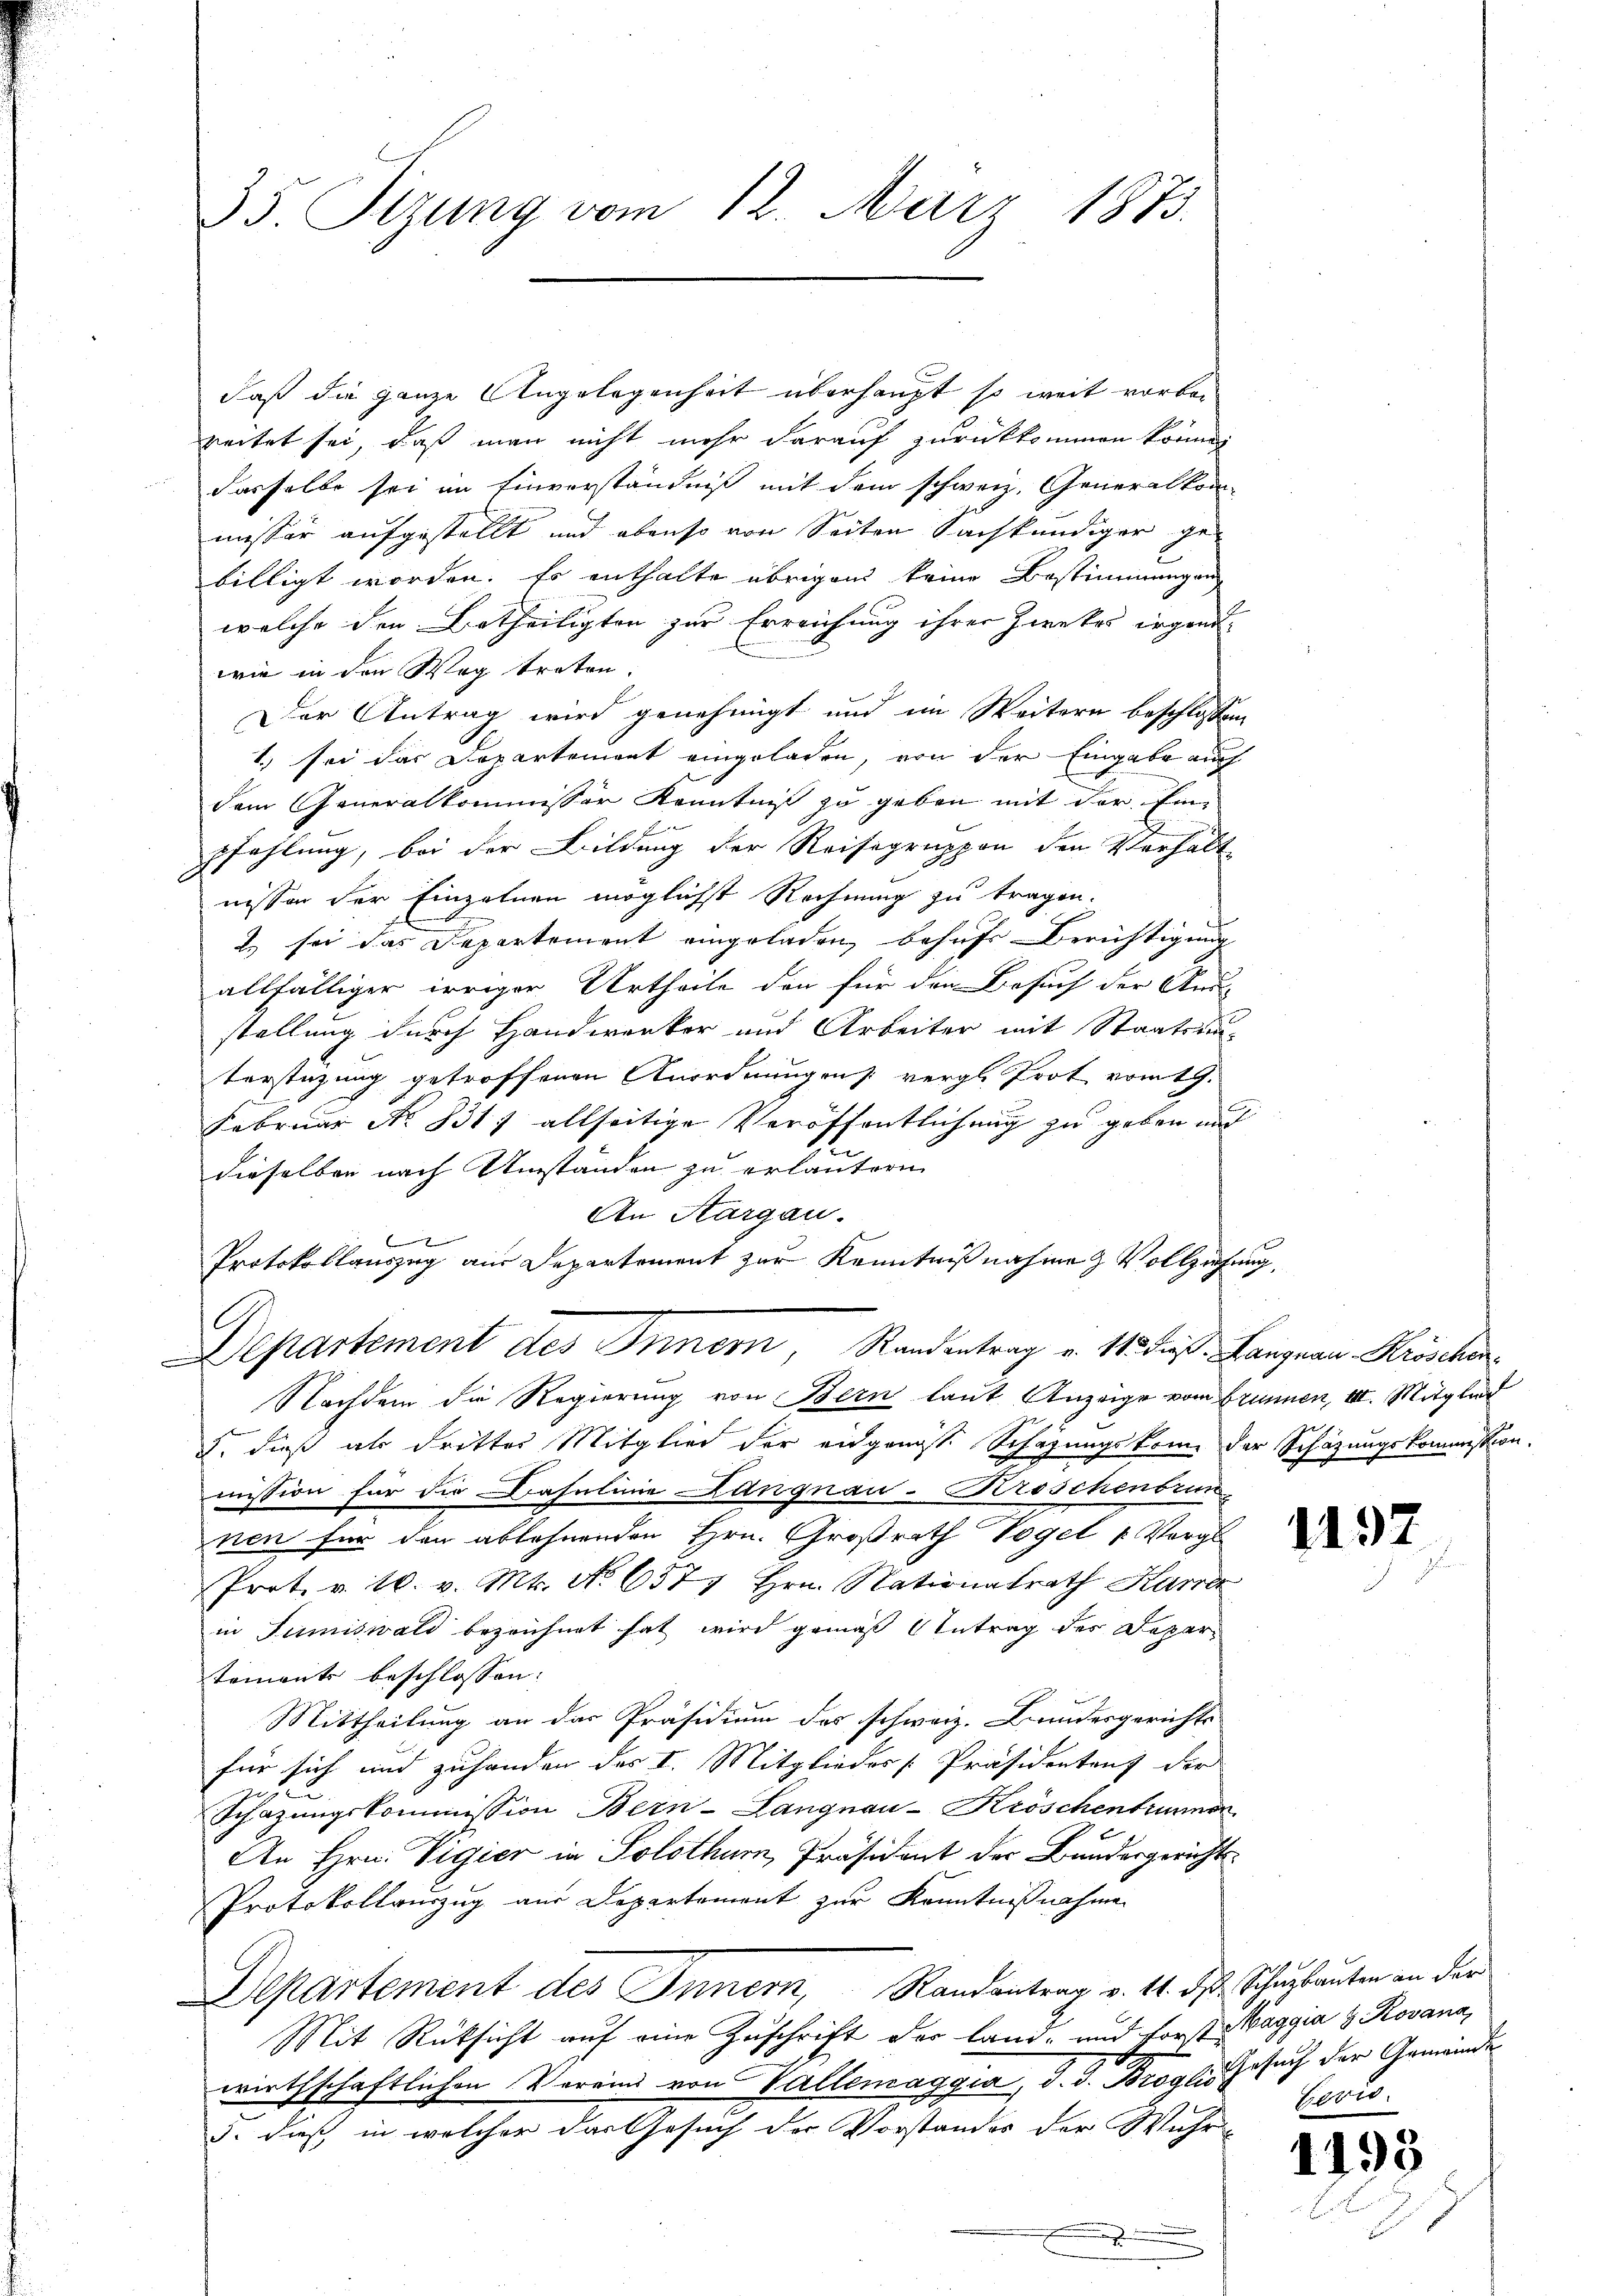
35. Sitzung vom 12. März 1873.

daß die ganze Angelegenheit überhaupt so weit vorbereitet sei, daß man nicht mehr darauf zurückkommen können
dasselbe sei im Einverständniß mit dem schweiz. Generalkom-
missär aufgestellt und ebenso von Seiten Sachkundiger ge-
billigt worden. Es enthalte übrigen keine Bestimmungen
welche den Urtheiligten zur Erreichung ihrer Zwecker irgendwie in den Weg treten.
Der Antrag wird genehmigt und im Weitern beschlossen
1) sei das Departement eingeladen, von der Eingabe auch
dem Generalkommissor Kenntniß zu geben mit der Einpfahlung, bei der Bildung der Reisegruppen den Verhält
nissen der Einzelnen möglichst Rechnung zu tragen.
E sei das Departement eingeladen, behufs Berichtigung
allfälliger irriger Urtheile den für den Besuch der An-
stellung durch Handwerker und Arbeiter mit Staatsan-
terstützung getroffenen Anordnungen vergl. Trot vom 19.
Februar No. 831) allseitige Veröffentlichung zu geben und
dieselben nach Umständen zu erläutern
An Aargau.
Protokollauszug aus Departement zur Kenntnißnahme & Vollziehung,
Departement des Innern, Standentrag v. 11. dieß. Langnau Kröschen
Nachdem die Regierung von Bern laut Anzeige vom Brunnen, II. Mitglied
5. dieß als dritter Mitglied der eidgangst Schazungskome der Schazungskommission.
mission für die Drasulinie Langnau-Kroschenbrunnen für den ablehnenden Hrn. Großrath Vogel u. Vergl
Prot. v. 16. v. Mts. No 6577 Hrn. Nationalrath Karrer
in Sumiswald bezeichnet hat wird gemäß Antrag des Depar
temente beschlossen:
Mittheilung an das Präsidium des schweiz. Bundesgerichts
für sich und zuhanden des I. Mitglieder [Präsidentenz der
Schazungskommission Bern-Langnau-Kröschenbrunnen
An Hrn. Vigier in Solothur, Präsident der Bundesgerichts¬
Protokollauszug aus Departement zur Kenntnißnahmen
Departement des Innern, Randantrag v. 14. ds. Schubauten an der
Mit Rücksicht auf eine Zuschrift der Land- und Forste Waggia 3 Rovana,
wirthschaftlichen Vereind von Vallemaggia, d. J. Broglio Gesuch der Gemeinde
5. daß in welcher das Gesuch der Vorstandes der Wuhr-

Besit

1195